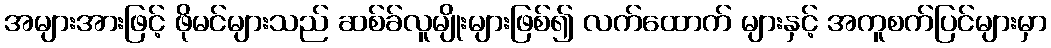
အများအားဖြင့် ဖိုမင်များသည် ဆစ်ခ်လူမျိုးများဖြစ်၍ လက်ထောက် များနှင့် အကူစက်ပြင်များမှာ